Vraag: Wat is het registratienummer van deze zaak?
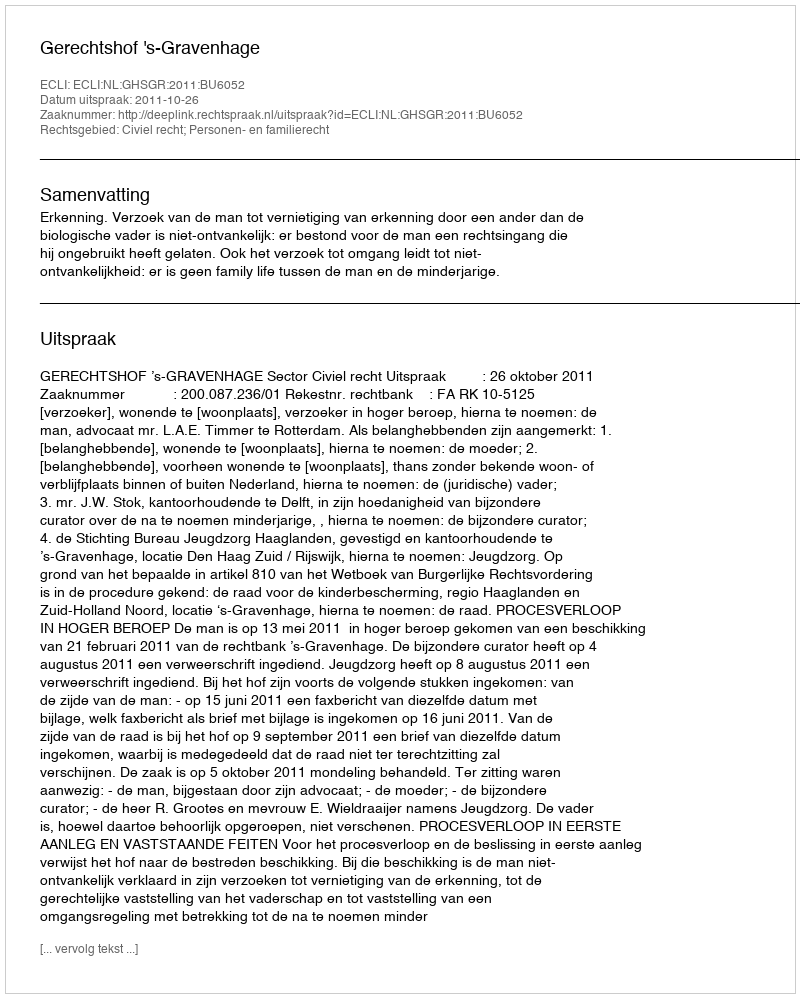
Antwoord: http://deeplink.rechtspraak.nl/uitspraak?id=ECLI:NL:GHSGR:2011:BU6052